Scientific memoirs by medical officers of the Army of India - Part V,
Year: 1890
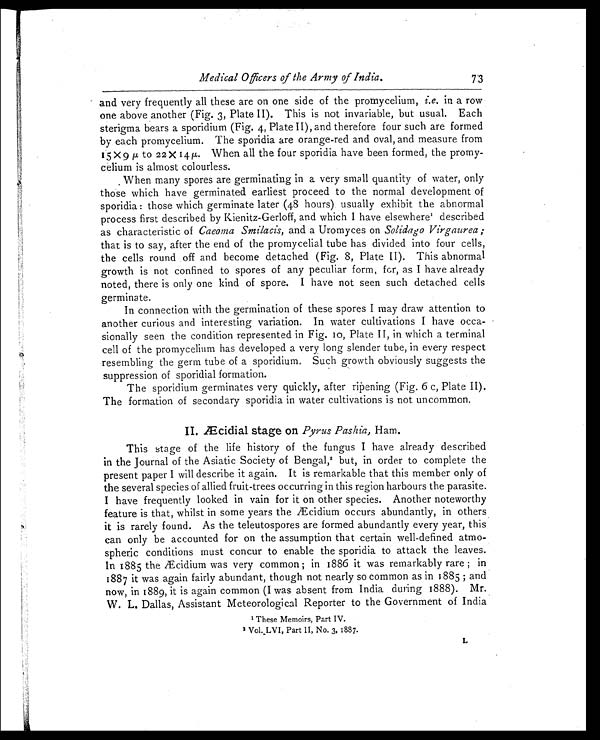
Medical Officers of the Army of India.
73
and very frequently all these are on one side of the promycelium, i.e. in a row
one above another (Fig. 3, Plate II). This is not invariable, but usual. Each
sterigma bears a sporidium (Fig. 4, Plate II), and therefore four such are formed
by each promycelium. The sporidia are orange-red and oval, and measure from
15 X 9µ to 22 X 14µ. When all the four sporidia have been formed, the promy
-celium is almost colourless.
. When many spores are germinating in a very small quantity of water, only
those which have germinated earliest proceed to the normal development of
sporidia: those which germinate later (48 hours) usually exhibit the abnormal
process first described by Kienitz-Gerloff, and which I have elsewhere' described
as characteristic of Caeoma Smilacis, and a Uromyces on Solidago Virgaurea;
that is to say, after the end of the promycelial tube has divided into four cells,
the cells round off and become detached (Fig. 8, Plate II). This abnormal
growth is not confined to spores of any peculiar form, for, as I have already
noted, there is only one kind of spore. I have not seen such detached cells
germinate.
In connection with the germination of these spores I may draw attention to
another curious and interesting variation. In water cultivations I have occa
- s i o n a l l y s e e n t h e c o n d i t i o n r e p r e s e n t e d i n F i g . 1 0 , p l a t e I I , i n w h i c h a t e r m i n a l
cell of the promycelium has developed a very long slender tube, in every respect
resembling the germ tube of a sporidium. Such growth obviously suggests the
suppression of sporidial formation.
The sporidium germinates very quickly, after ripening (Fig. 6 c, Plate II).
The formation of secondary sporidia in water cultivations is not uncommon.
II. Æcidial stage on Pyrus Pashia, Ham.
This stage of the life history of the fungus I have already described
in the Journal of the Asiatic Society of Bengal, 2 but, in order to complete the
present paper I will describe it again. It is remarkable that this member only of
the several species of allied fruit-trees occurring in this region harbours the parasite.
I have frequently looked in vain for it on other species. Another noteworthy
feature is that, whilst in some years the Æcidium occurs abundantly, in others
it is rarely found. As the teleutospores are formed abundantly every year, this
can only be accounted for on the assumption that certain well-defined atmo
-spheric conditions must concur to enable the sporidia to attack the leaves.
In 1885 the Æcidium was very common; in 1886 it was remarkably rare; in
1887 it was again fairly abundant, though not nearly so common as in 1885; and
now, in 1889, it is again common (I was absent from India during 1888). Mr.
W. L. Dallas, Assistant Meteorological Reporter to the Government of India
1
T h e s e M e m o i r s , P a r t I V .
2
V o l . _ L V I , P a r t I I , N o . 3 , 1 8 8 7 .
L